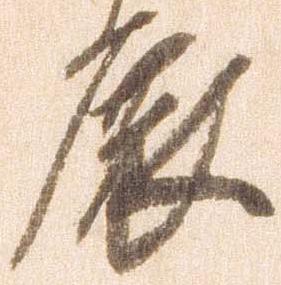
展